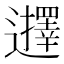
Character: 𮟢